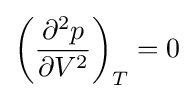
\left({\frac {\partial ^{2}p}{\partial V^{2}}}\right)_{T}=0